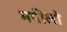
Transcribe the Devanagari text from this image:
मपीलो